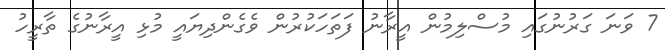
7 ވަނަ ގަރުނުގައި މުސްލިމުން އީރާނު ފަތަހަކުރުން ވެގެންދިޔައީ މުޅި އީރާނުގެ ތާރީހު